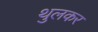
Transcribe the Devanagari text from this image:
थुलकर